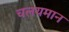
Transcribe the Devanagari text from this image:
चलयमान